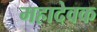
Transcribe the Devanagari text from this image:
महादेवक